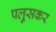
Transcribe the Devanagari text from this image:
पलु्सकर